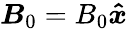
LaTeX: \boldsymbol{B}_{0}=B_{0}\boldsymbol{\hat{x}}